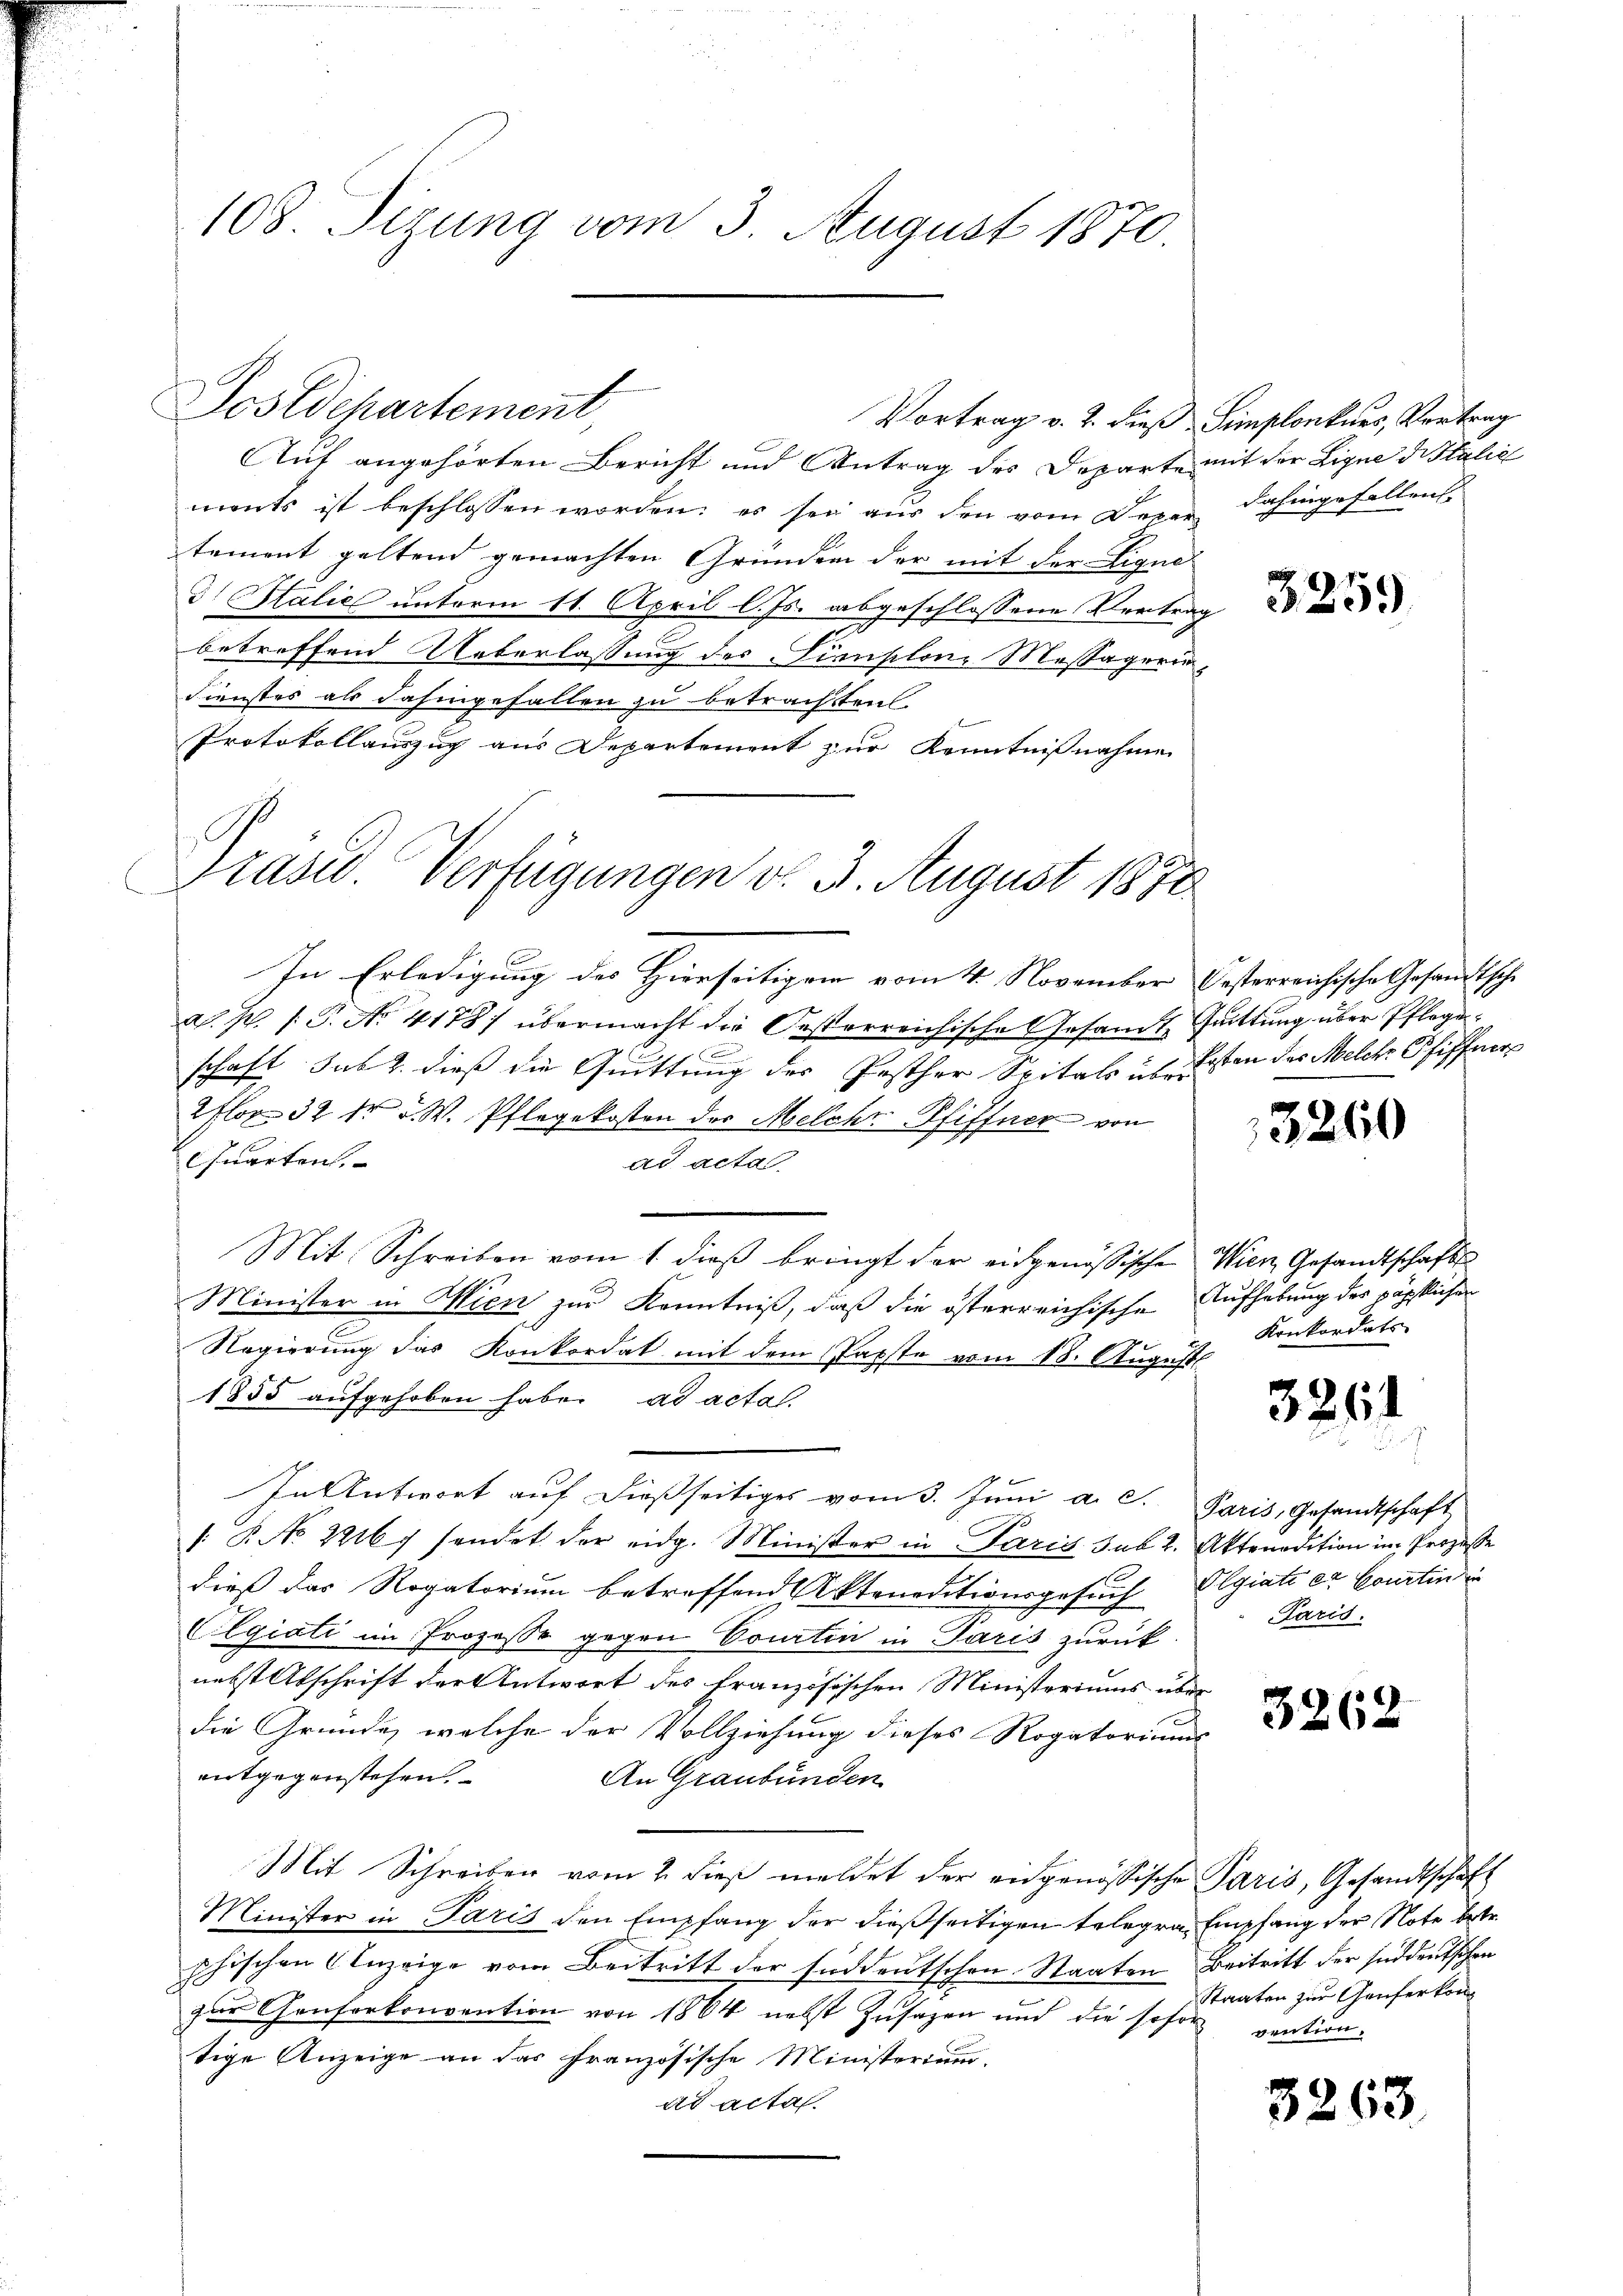
108 Sizung vom 3. August 1870.

Auf angehörten Bericht und Antrag des Departe mit der Ligne di Stalić
ments ist beschlossen worden; es sei aus den vom Deper Fahingefallens
tement geltend gemachten Gründen der mit der Liqui
 Italie unterm 11. April l. Js. abgeschlossene Vertrag
betreffend Ueberlassung des Finslone Massagerin¬
Fienstes als dahingefallen zu betrachten.
Protokollauszug aus Departement zur Kenntnißnahme

Postdepartement

.
In Erledigung des Hierseitigen vom 4. November Oesterreichische Gesandtsche
N. N. 1. P. No 4178) übermacht die Oesterreichische Gesandt Quittung über Pflege¬
 f 0
schaft sub 2. dieß die Quittung der Posther Spitals über ersten des Melche Pfiffner
2 flor 32 dr v. W. Pflegekosten der Melche Pfiffner von
Cuarten.
ad acta
Mit Schreiben vom 1. dieß bringt der eidgenössische Wien Gesandtschafts
Minister in Wien zur Kenntniß, daß die österreichische Aufhebung des päpstlichen
9
Nagierung das Konkordat mit dem Papste vom 18. August
1855 aufgehoben habe. ad acta.
In Antwort auf dießseitiges vom 3. Juni a. c. Paris, Gesandtschaft
". P. No. 22167 sendet der eidg. Minister in Paris sub. 2. Aktenodition im Prozesse
dieß das Rogatorium betreffend Akteneditionsgesuch Olgiati et Courtini
Elgiati im Prozesse gegen Courtin in Paris zurück-
nebst Abschrift der Antwort des Französischen Ministeriums über
die Gründe, welche der Vollziehung dieses Rogatoriums
entgegenstehen.
An Graubünden
Mit Schreiben vom 2. dieß meldet der eidgenössische Paris, Gesandtschaft
Minister in Paris den Empfang der dießseitigen telegra Empfang der Note betr.
phischen Anzeige vom Beitritt der süddeutschen Staaten Beitritt der Enddeutschen
zur Genferkonvention von 1864 nebst Zusagen und die sofor
tige Anzeige an das französische Ministerium.
ad acta.

Präsid. Verfügungen v. 3. August 1870

Vortrag v. 2. dieß Simplonkurs, Vertrag

325.

3260

Konkordats-

3264

Paris.

3262

Staaten zur Genferkom
vention.

3263.